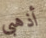
أذهبى